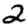
Digit: 2